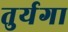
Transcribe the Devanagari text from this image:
तुर्यगा